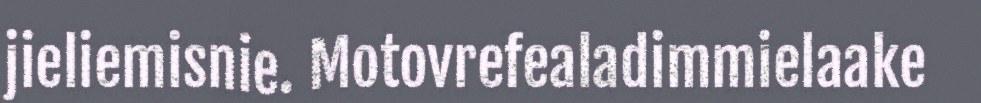
jieliemisnie. Motovrefealadimmielaake